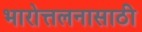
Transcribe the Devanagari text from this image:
भारोत्तलनासाठी